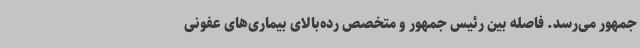
جمهور می‌رسد. فاصله بین رئیس جمهور و متخصص رده‌بالای بیماری‌های عفونی